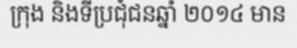
ក្រុង និងទីប្រជុំជនឆ្នាំ ២០១៤ មាន